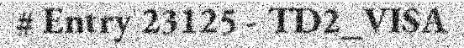
# Entry 23125 - TD2_VISA